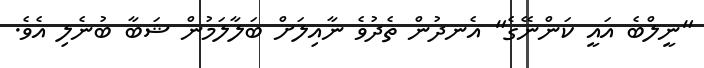
"ނީލްބެ އައީ ކަންނޭގެ" އެނދުން ތެދުވެ ނާއިލަށް ބަލާލަމުން ޝަބާ ބުނެލި އެވެ.